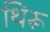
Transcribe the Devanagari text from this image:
थिरू